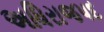
અધિરાજપદ